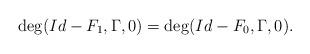
LaTeX: \begin{align*}\deg(Id-F_1, \Gamma, 0)=\deg(Id-F_0, \Gamma, 0).\end{align*}